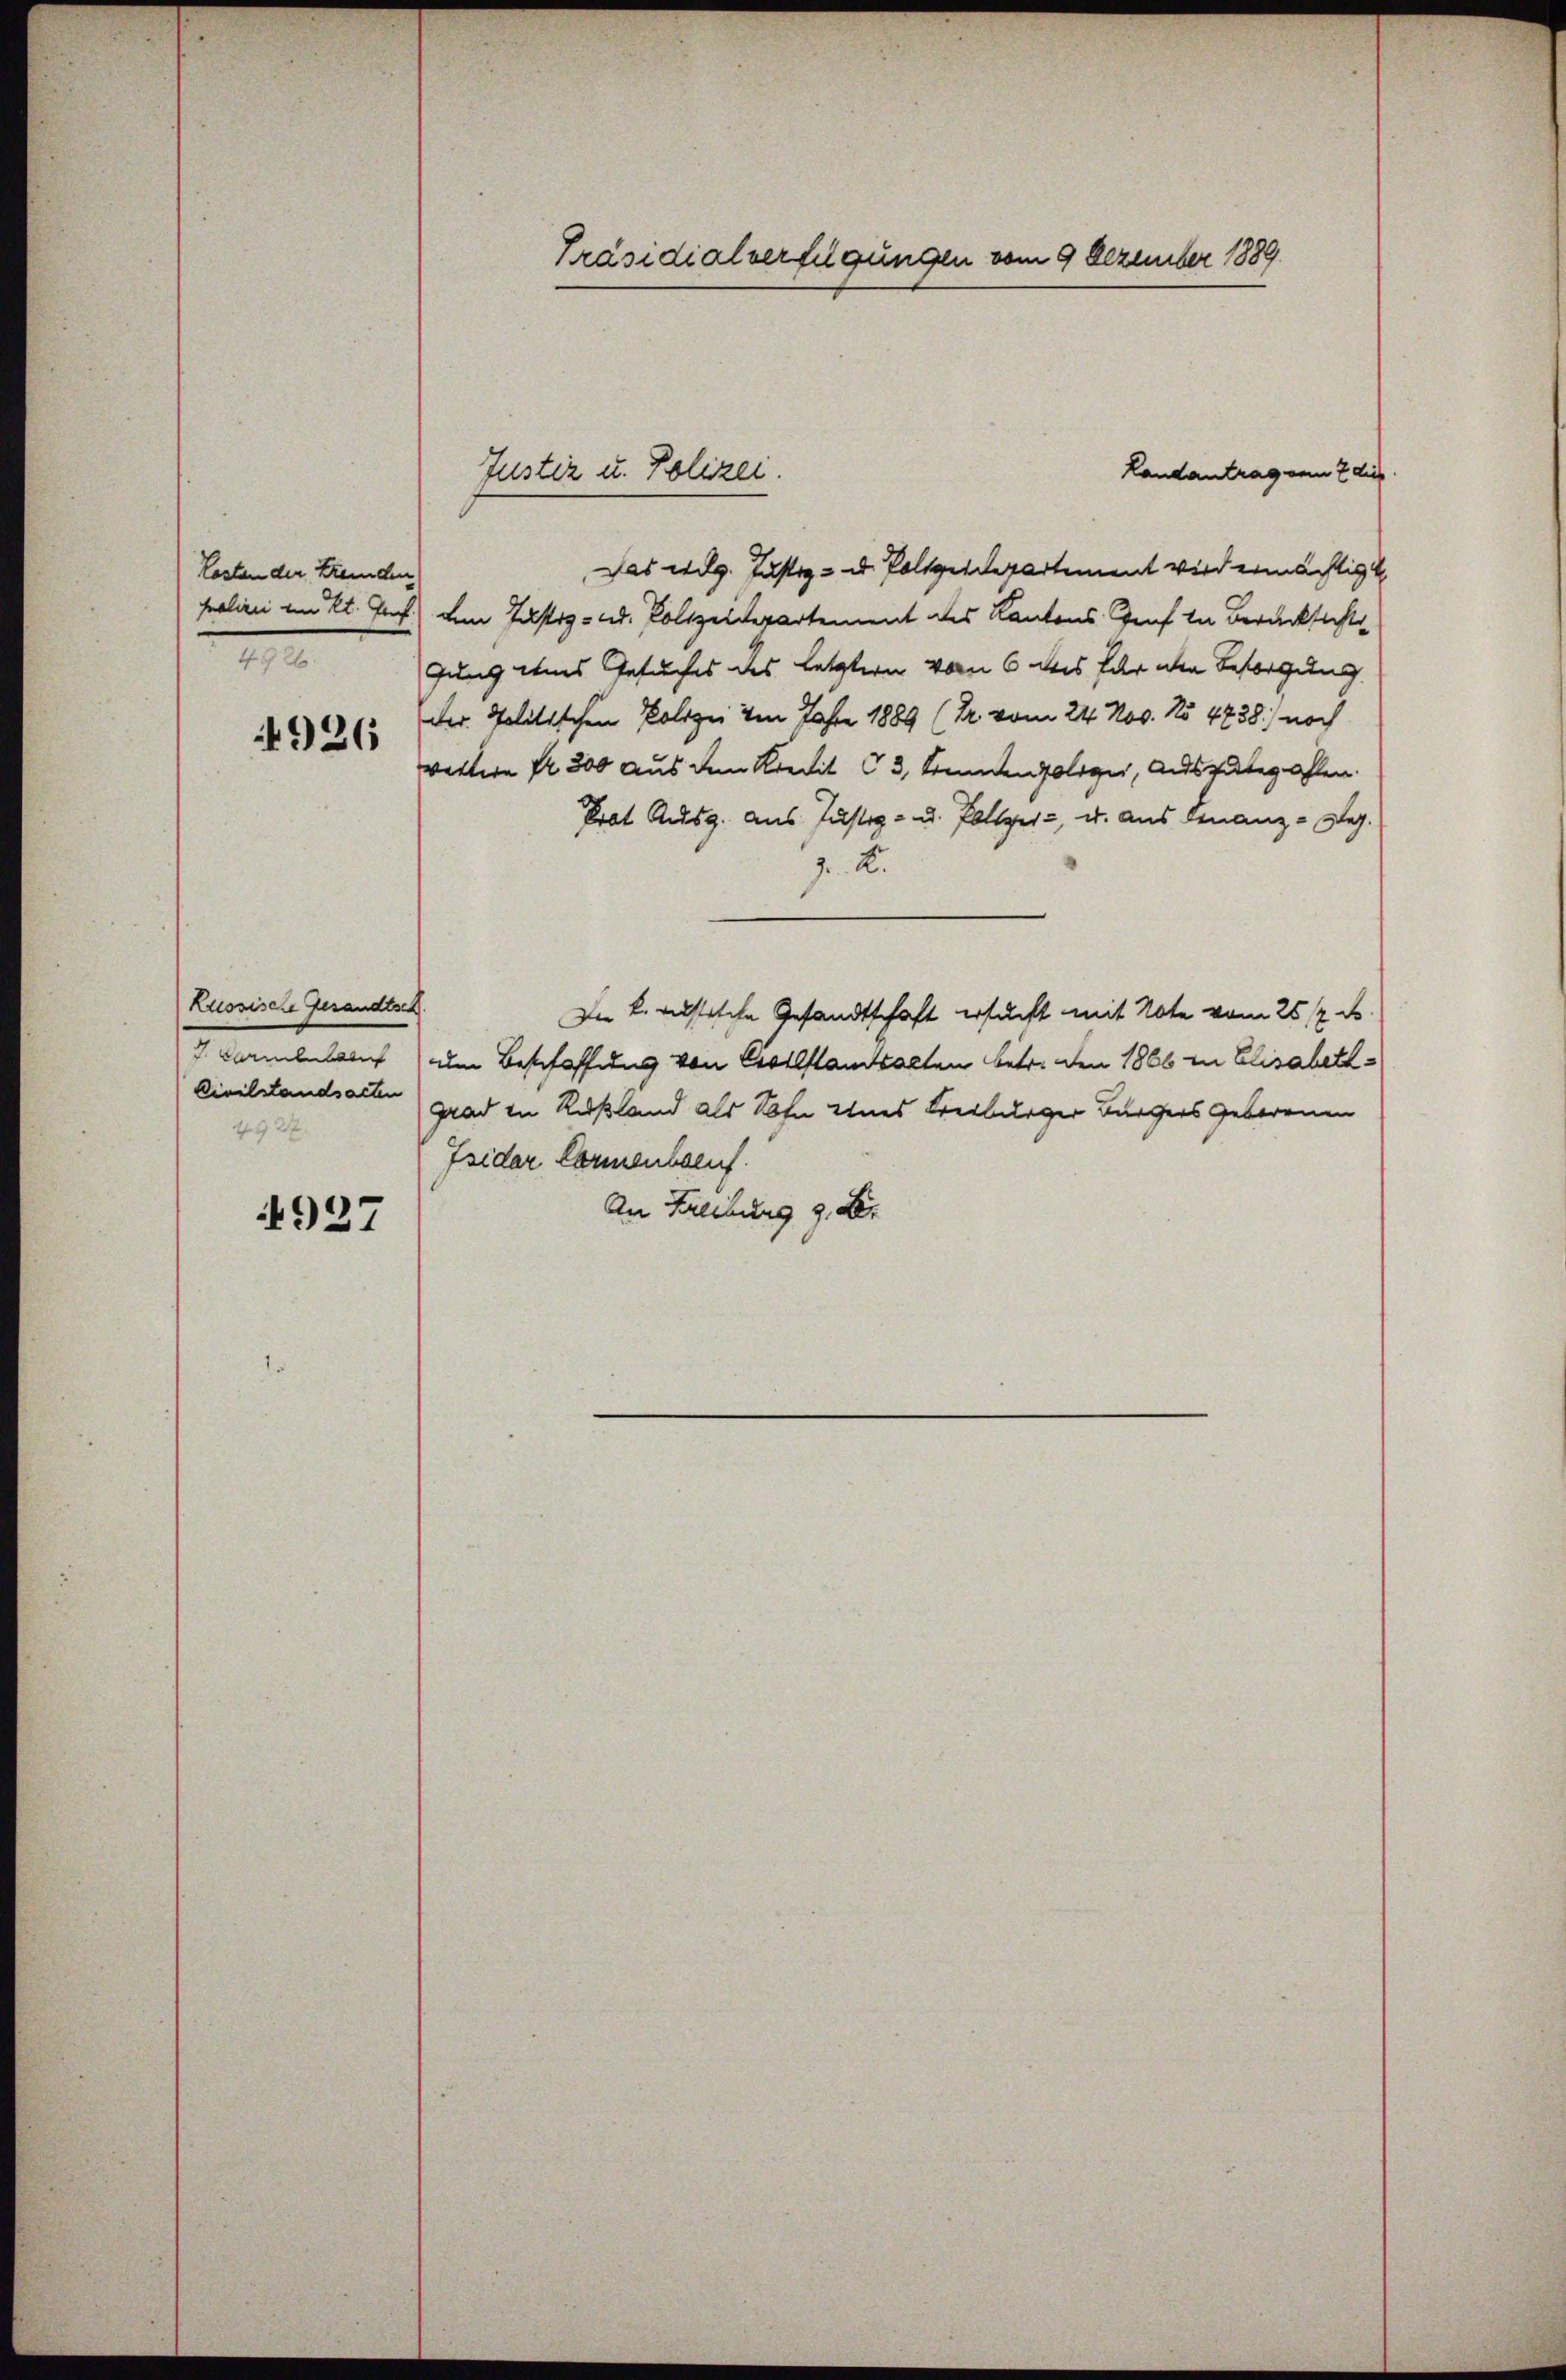
Lasten der Fremden
49 2

4926

Russische Gesandtsch
 anderung
Civilstandsacten
2922

4927

Präsidialverfügungen vom 9 Dezember 1889.

Das wilg. Justiz- u. Polizeidepartement wird ermächtigt,
Polizei im Kt. Prof. den Justiz- u. Polizeidepartement des Kantons Genf in Berücksicht
gung eines Gesuches des letztern vom 6 des für der Besorgung
der Politischen Polizei von Jahre 1889 (Dr. vom 24. Nov. No 4738) noch
wettern Nr. 300 aus dem Kredit 3, Standen folger, Auszubezahlen.
Prat Ausg. aus Justiz- u. Polizei, u. aus Finanz-Reg.
J. A.
Der k. russische Gesandtschaft ersucht mit Note vom 26 t d.
um Beschaffung von Crotestamtsalten betr. den 1866 in Elisabett¬
Grad in Rußland als Sohn eines Freiburger Bürgers Geborenen
Isidor Carmenberuf.
An Freibung 9. Der

Justiz u. Polizei.

Landantrag vom 2 dur